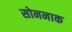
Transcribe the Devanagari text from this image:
सोननाक